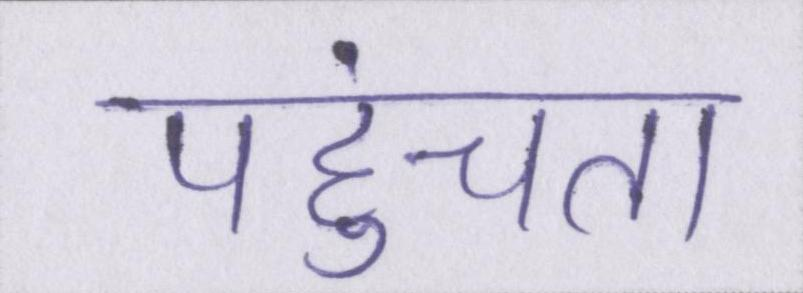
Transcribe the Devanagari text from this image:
पहुंचता